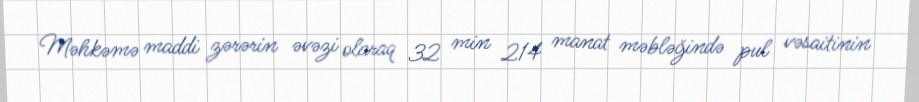
Məhkəmə maddi zərərin əvəzi olaraq 32 min 214 manat məbləğində pul vəsaitinin